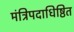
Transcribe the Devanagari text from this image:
मंत्रिपदाधिष्ठित